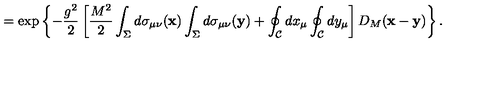
= \exp \left\{ - \frac { g ^ { 2 } } { 2 } \left[ \frac { M ^ { 2 } } { 2 } \int _ { \Sigma } ^ { } d \sigma _ { \mu \nu } ( { \bf x } ) \int _ { \Sigma } ^ { } d \sigma _ { \mu \nu } ( { \bf y } ) + \oint _ { { \cal C } } ^ { } d x _ { \mu } \oint _ { { \cal C } } ^ { } d y _ { \mu } \right] D _ { M } ( { \bf x } - { \bf y } ) \right\} .